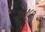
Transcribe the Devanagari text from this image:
६५८९